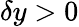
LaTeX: \delta y>0